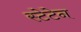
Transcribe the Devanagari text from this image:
स्टेटेन